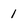
Character: 1